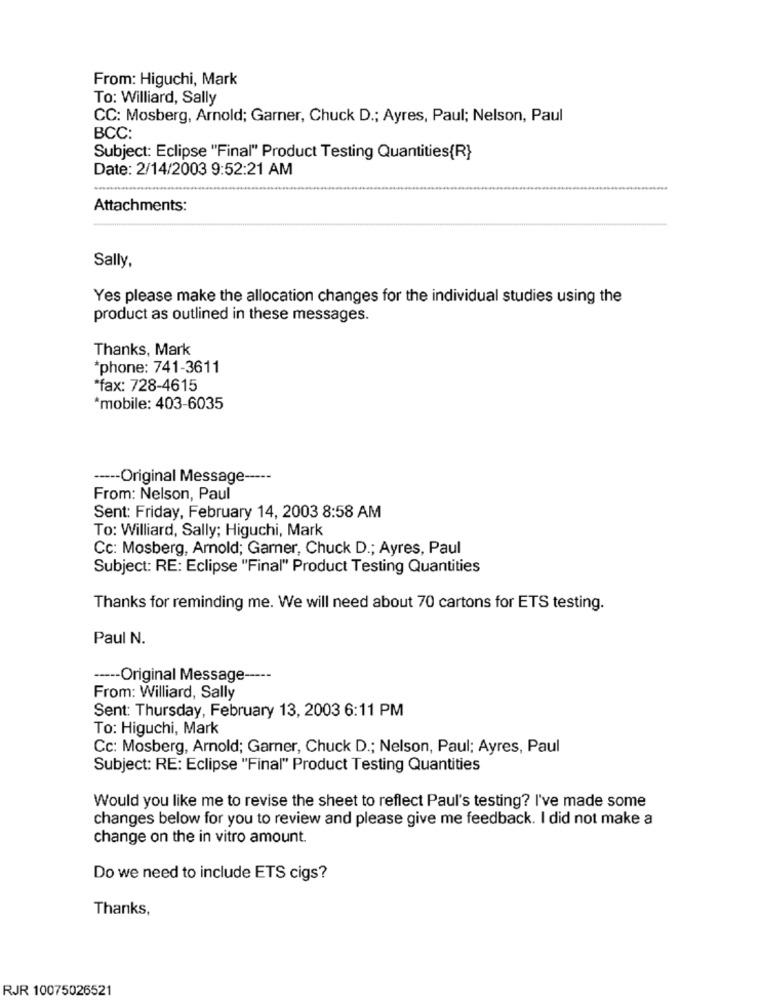
From: Higuchi, Mark
To: Williard, Sally
CC: Mosberg, Arnold; Garner, Chuck D .; Ayres, Paul; Nelson, Paul
BCC:
Subject: Eclipse "Final" Product Testing Quantities{R}
Date: 2/14/2003 9:52:21 AM
Attachments:
Sally,
Yes please make the allocation changes for the individual studies using the
product as outlined in these messages.
Thanks, Mark
*phone: 741-3611
*fax: 728-4615
*mobile: 403-6035
----- Original Message -----
From: Nelson, Paul
Sent: Friday, February 14, 2003 8:58 AM
To: Williard, Sally; Higuchi, Mark
Cc: Mosberg, Arnold; Garner, Chuck D .; Ayres, Paul
Subject: RE: Eclipse "Final" Product Testing Quantities
Thanks for reminding me. We will need about 70 cartons for ETS testing.
Paul N.
----- Original Message -----
From: Williard, Sally
Sent: Thursday, February 13, 2003 6:11 PM
To: Higuchi, Mark
Cc: Mosberg, Arnold; Garner, Chuck D .; Nelson, Paul; Ayres, Paul
Subject: RE: Eclipse "Final" Product Testing Quantities
Would you like me to revise the sheet to reflect Paul's testing? I've made some
changes below for you to review and please give me feedback. I did not make a
change on the in vitro amount.
Do we need to include ETS cigs?
Thanks,
RJR 10075026521